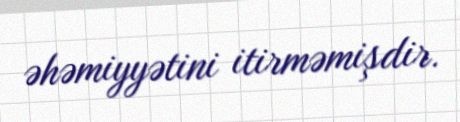
əhəmiyyətini itirməmişdir.